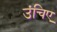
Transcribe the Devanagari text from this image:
उंचिए